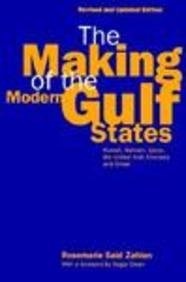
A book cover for The Making of the Modern Gulf States: Kuwait, Bahrain, Qatar, The United Arab Emirates and Oman; Rosemary Said Zahlan; History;